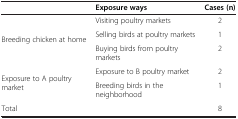
<table><thead><tr><td><b> </b></td><td><b>Exposure ways</b></td><td><b>Cases (n)</b></td></tr></thead><tbody><tr><td rowspan="3">Breeding chicken at home</td><td>Visiting poultry markets</td><td>2</td></tr><tr><td>Selling birds at poultry markets</td><td>1</td></tr><tr><td>Buying birds from poultry markets</td><td>2</td></tr><tr><td rowspan="2">Exposure to A poultry market</td><td>Exposure to B poultry market</td><td>2</td></tr><tr><td>Breeding birds in the neighborhood</td><td>1</td></tr><tr><td colspan="2">Total</td><td>8</td></tr></tbody></table>